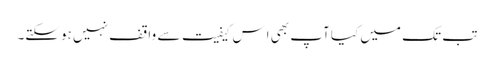
تب تک میں کیا آپ بھی اِس کیفیت سے واقف نہیں ہوسکتے۔